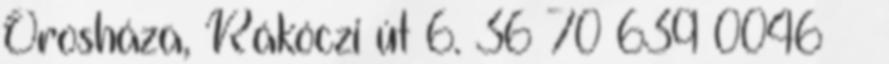
Orosháza, Rákóczi út 6. 36 70 639 0046